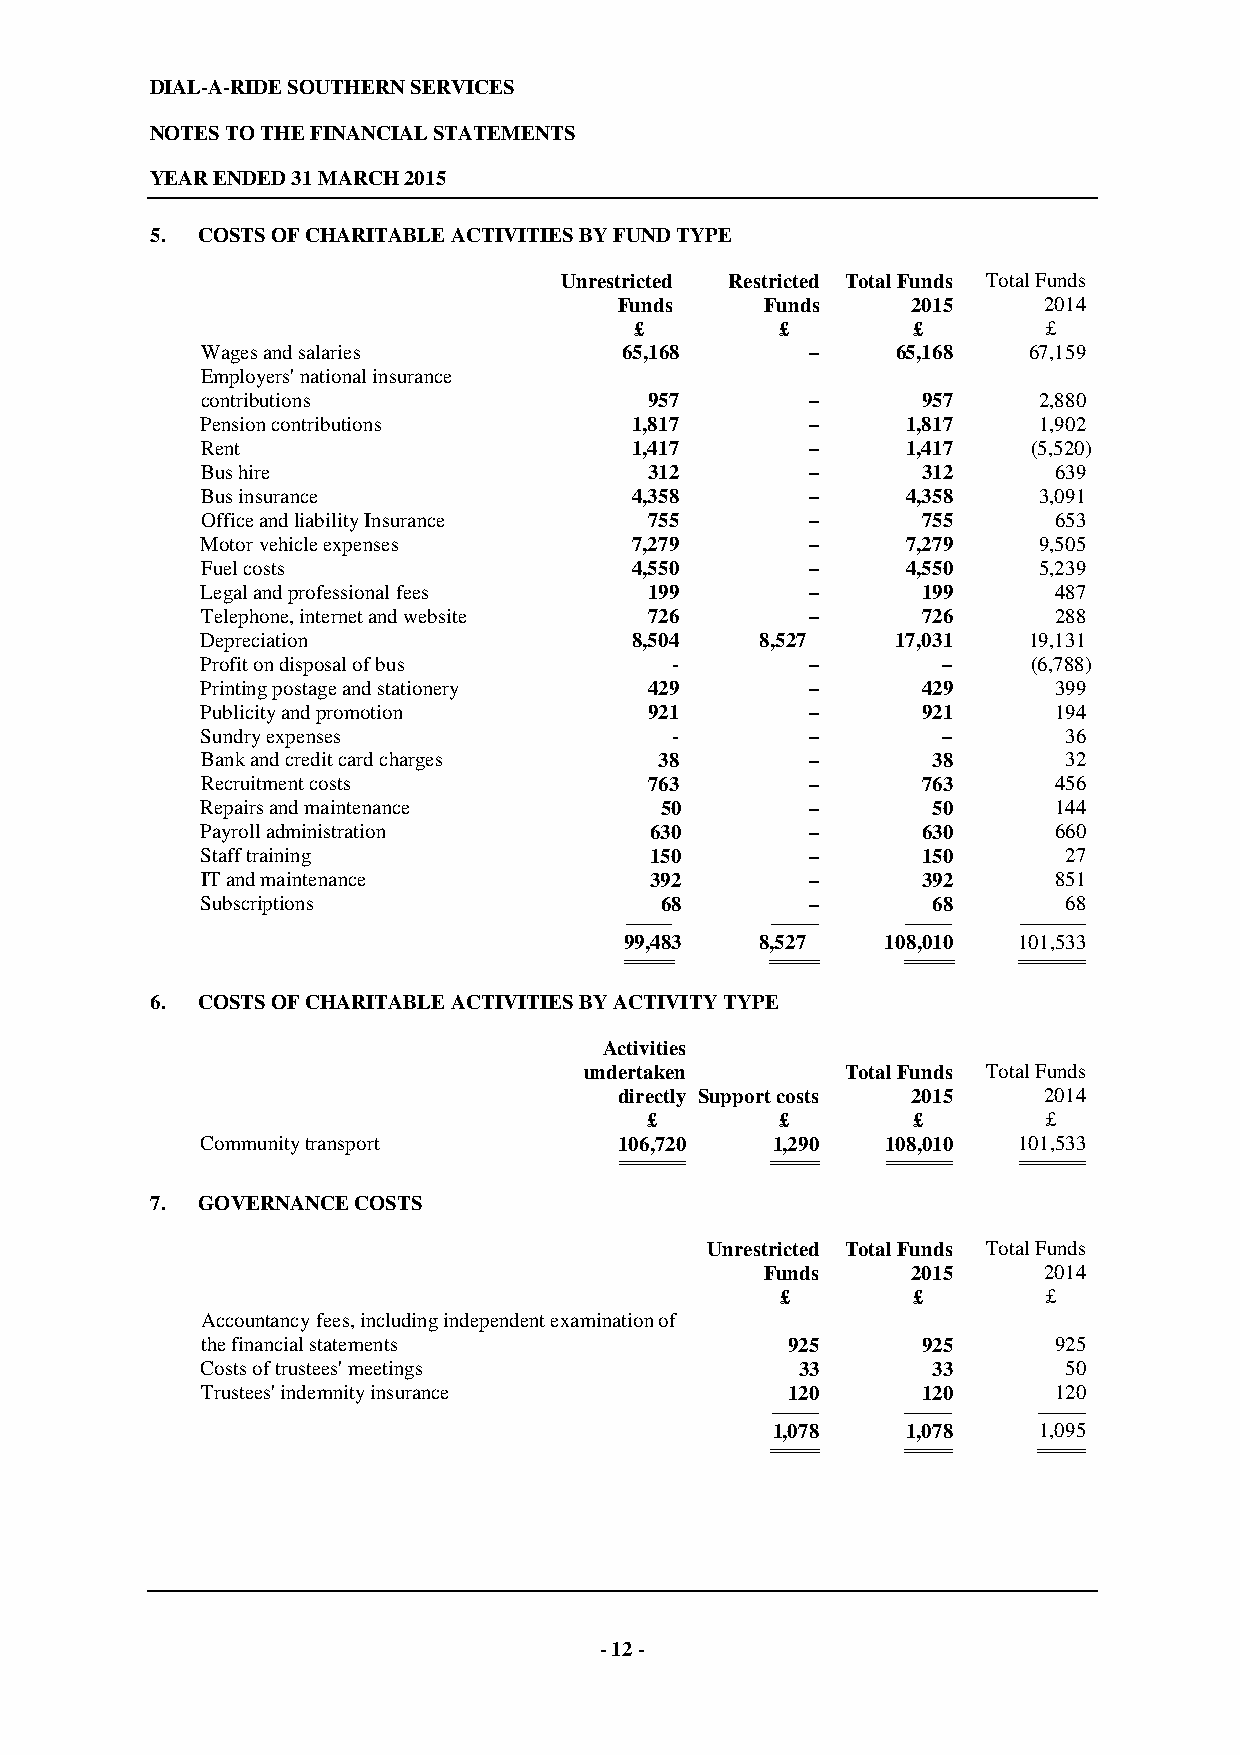
DIAL-A-RIDE SOUTHERN SERVICES
 NOTES TO THE FINANCIAL STATEMENTS
 YEAR ENDED 31 MARCH 2015
 5. COSTS OF CHARITABLE ACTIVITIES BY FUND TYPE
 Unrestricted Restricted Total Funds Total Funds
 Funds     Funds    2015     2014
 £         £       £        £
 Wages and salaries          65,168       –    65,168   67,159
 Employers' national insurance
 contributions                 957        –      957     2,880
 Pension contributions        1,817       –     1,817    1,902
 Rent                         1,417       –     1,417   (5,520)
 Bus hire                      312        –      312      639
 Bus insurance                4,358       –     4,358    3,091
 Office and liability Insurance 755       –      755      653
 Motor vehicle expenses       7,279       –     7,279    9,505
 Fuel costs                   4,550       –     4,550    5,239
 Legal and professional fees   199        –      199      487
 Telephone, internet and website 726      –      726      288
 Depreciation                 8,504   8,527    17,031   19,131
 Profit on disposal of bus      -         –       –     (6,788)
 Printing postage and stationery 429      –      429      399
 Publicity and promotion       921        –      921      194
 Sundry expenses                -         –       –       36
 Bank and credit card charges   38        –       38      32
 Recruitment costs             763        –      763      456
 Repairs and maintenance        50        –       50      144
 Payroll administration        630        –      630      660
 Staff training                150        –      150      27
 IT and maintenance            392        –      392      851
 Subscriptions                  68        –       68      68
 ----------------------- ----------------------- ----------------------- --------------------------------
 99,483   8,527    108,010 101,533
 ======================= ======================= ======================= ================================
 6. COSTS OF CHARITABLE ACTIVITIES BY ACTIVITY TYPE
 Activities
 undertaken       Total Funds Total Funds
 directly Support costs 2015 2014
 £        £       £        £
 Community transport         106,720   1,290   108,010 101,533
 ================================ ======================= ================================ ================================
 7. GOVERNANCE COSTS
 Unrestricted Total Funds Total Funds
 Funds    2015     2014
 £       £        £
 Accountancy fees, including independent examination of
 the financial statements               925      925      925
 Costs of trustees' meetings             33       33      50
 Trustees' indemnity insurance          120      120      120
 ----------------------- ----------------------- -----------------------
 1,078    1,078    1,095
 ======================= ======================= =======================
 - 12 -